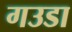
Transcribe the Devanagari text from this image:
गउडा